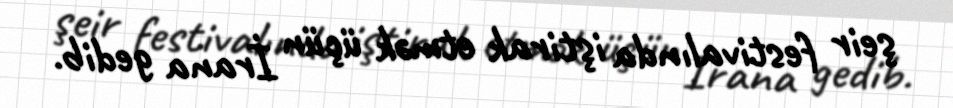
şeir festivalında iştirak etmək üçün İrana gedib.